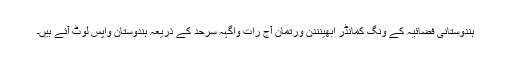
ہندوستانی فضائیہ کے ونگ کمانڈر ابھینندن ورتمان آج رات واگہہ سرحد کے ذریعہ ہندوستان واپس لوٹ آئے ہیں۔